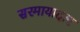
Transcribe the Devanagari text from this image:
सरमायादार